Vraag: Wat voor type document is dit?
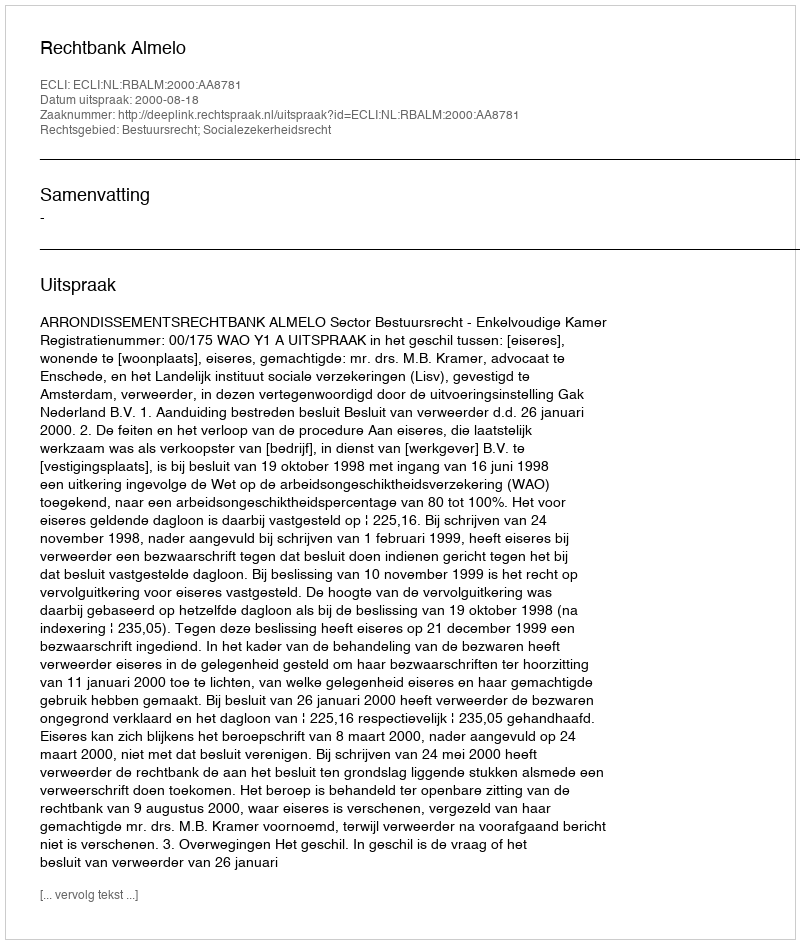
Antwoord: Uitspraak